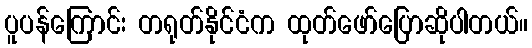
ပူပန်ကြောင်း တရုတ်နိုင်ငံက ထုတ်ဖော်ပြောဆိုပါတယ်။